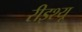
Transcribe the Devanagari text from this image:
रीइश्यू